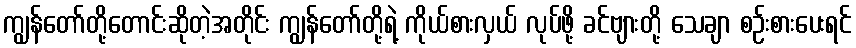
ကျွန်တော်တို့တောင်းဆိုတဲ့အတိုင်း ကျွန်တော်တို့ရဲ့ ကိုယ်စားလှယ် လုပ်ဖို့ ခင်ဗျားတို့ သေချာ စဉ်းစားပေးရင်